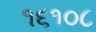
૧૬૧૦૮